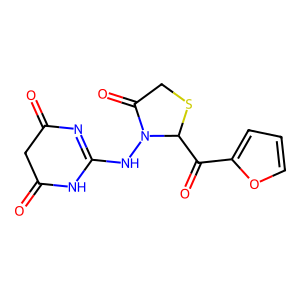
SMILES: O=C1CC(=O)NC(NN2C(=O)CSC2C(=O)c2ccco2)=N1
Inhibits HIV replication: Yes